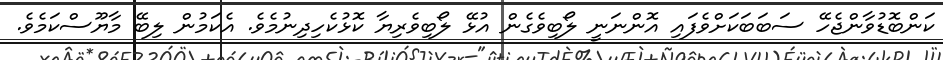
ކަންބޮޑުވާންޖެހޭ ސަބަބަކަށްވެފައި އޮންނަނީ ލޯބިވެގެން އުޅޭ ލޯބިވެރިޔާ ކޮޅުކެހިދިނުމެވެ. އެކަމުން ލިބޭ މާޔޫސްކަމެވެ.